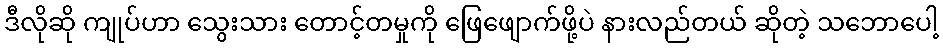
ဒီလိုဆို ကျုပ်ဟာ သွေးသား တောင့်တမှုကို ဖြေဖျောက်ဖို့ပဲ နားလည်တယ် ဆိုတဲ့ သဘောပေါ့